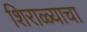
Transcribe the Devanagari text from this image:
शिराळ्याचा